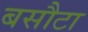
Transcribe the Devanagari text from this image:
बसौटा